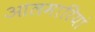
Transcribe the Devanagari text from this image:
आलमारियां